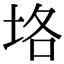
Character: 垎